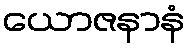
ယောဇနာနံ